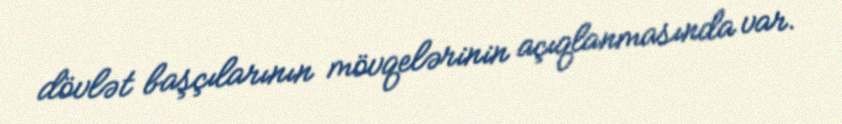
dövlət başçılarının mövqelərinin açıqlanmasında var.